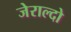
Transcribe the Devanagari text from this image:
जेराल्दो